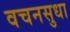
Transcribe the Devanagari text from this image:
वचनसुधा